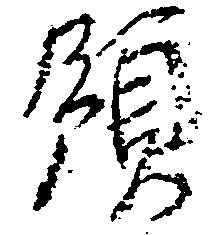
領